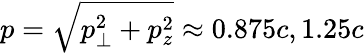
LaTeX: p=\sqrt{p_{\perp}^{2}+p_{z}^{2}}\approx 0.875c,1.25c